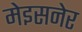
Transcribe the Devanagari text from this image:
मेइसनेर